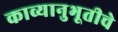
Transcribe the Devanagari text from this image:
काव्यानुभूतीचे